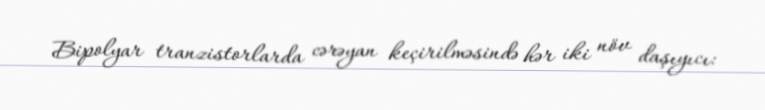
Bipolyar tranzistorlarda cərəyan keçirilməsində hər iki növ daşıyıcı: